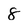
Character: 8